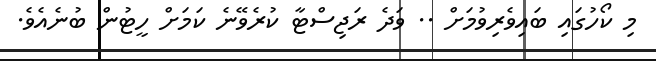
މި ކޯހުގައި ބައިވެރިވުމަށް .. ވަދެ ރަޖިސްޓާ ކުރެވޭނެ ކަމަށް ހީޓުން ބުނެއެވެ.